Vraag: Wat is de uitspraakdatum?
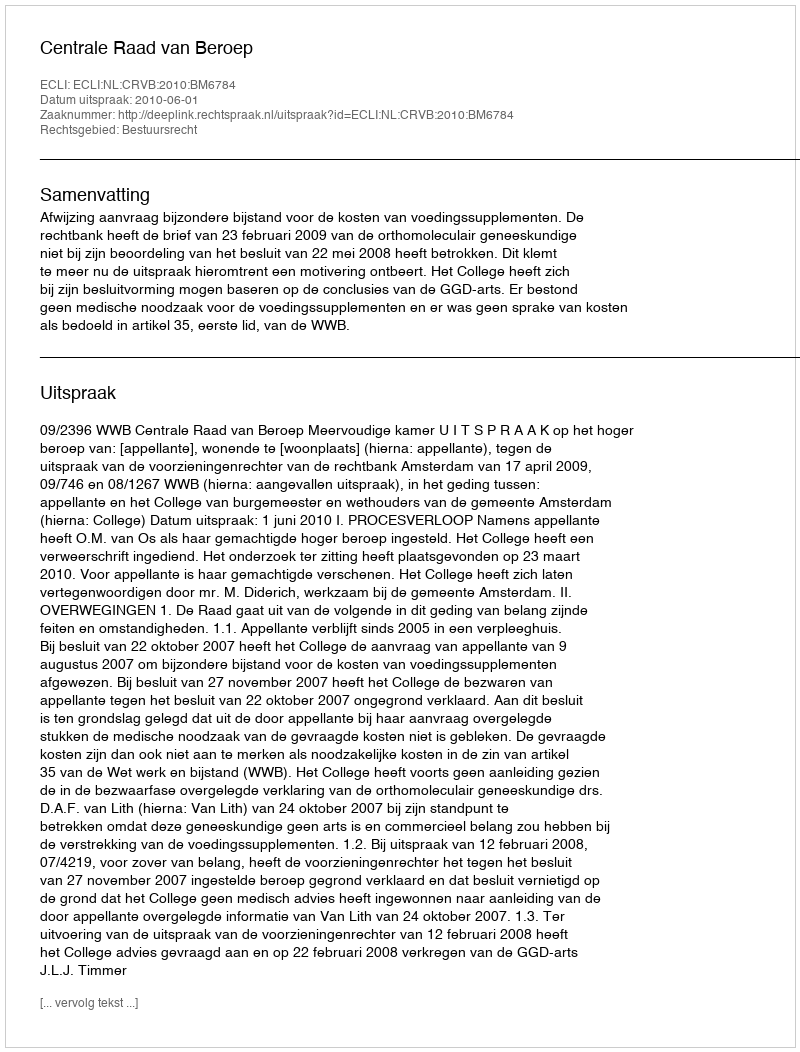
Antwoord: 2010-06-01